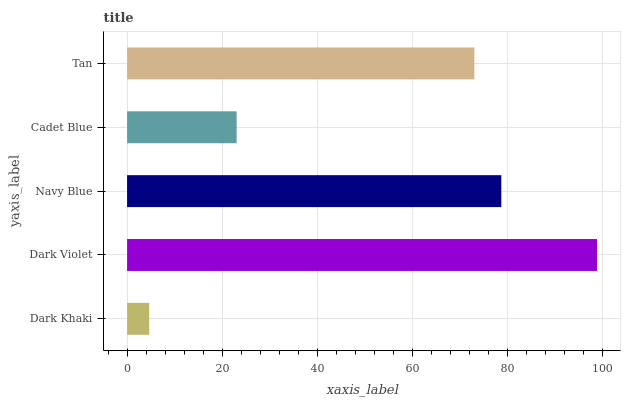
| yaxis_label | bars |
 | --- | --- |
 | Dark Khaki | 4.66 |
 | Dark Violet | 98.9 |
 | Navy Blue | 78.7 |
 | Cadet Blue | 23 |
 | Tan | 73.1 |